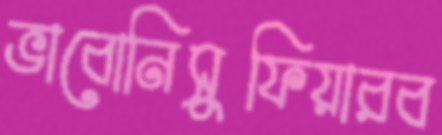
ভাবোনিসুফিয়ারব